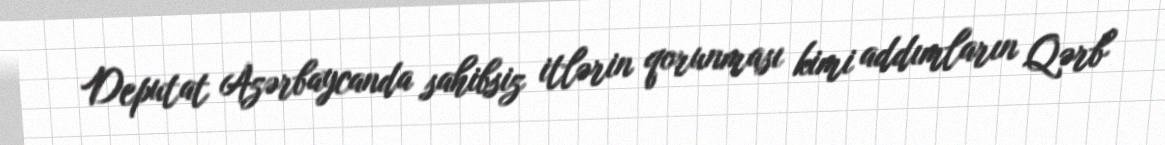
Deputat Azərbaycanda sahibsiz itlərin qorunması kimi addımların Qərb